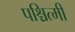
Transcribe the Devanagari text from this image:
पश्चित्मी